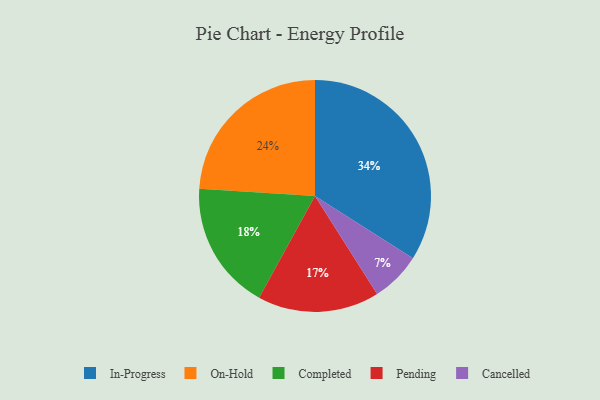
{"axis": {"x": "Category", "y": "Percentage"}, "legend": ["Cancelled", "Completed", "In-Progress", "On-Hold", "Pending"], "data": [{"x": "On-Hold", "y": 24, "type": "On-Hold"}, {"x": "In-Progress", "y": 34, "type": "In-Progress"}, {"x": "Completed", "y": 18, "type": "Completed"}, {"x": "Pending", "y": 17, "type": "Pending"}, {"x": "Cancelled", "y": 7, "type": "Cancelled"}]}